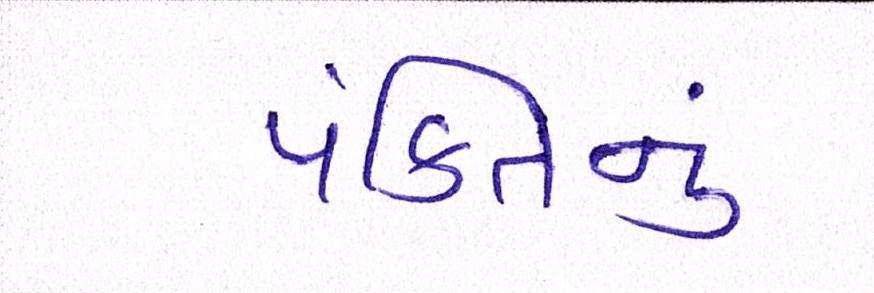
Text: પંક્તિનું